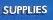
supplies